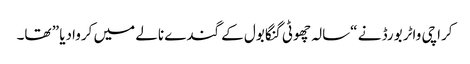
کراچی واٹر بورڈ نے “سالہ چھوٹی گنگا بول کے گندے نالے میں کروادیا ” تھا۔